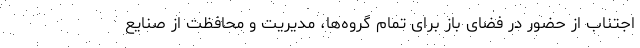
اجتناب از حضور در فضای باز برای تمام گروه‌ها، مدیریت و محافظت از صنایع